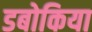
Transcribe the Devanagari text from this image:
डबोकिया